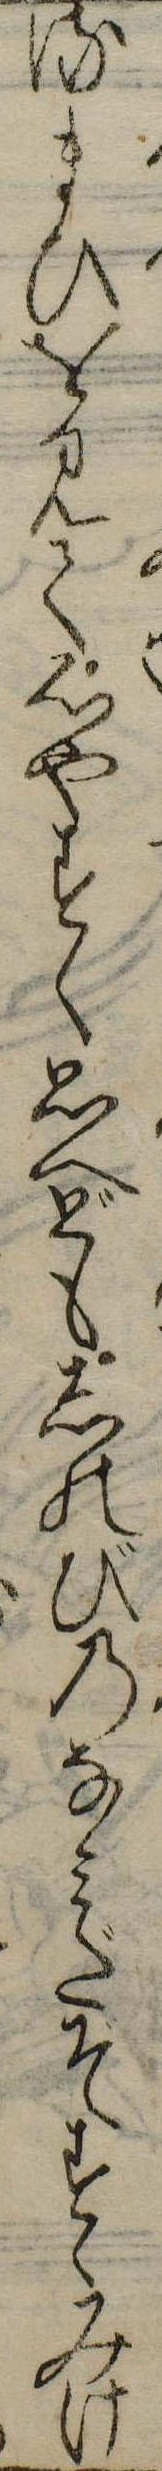
るまひを見て心やすく思へどもしのびのなみだぞすゝみけ